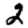
Digit: 2